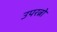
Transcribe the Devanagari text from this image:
उपरत्नो